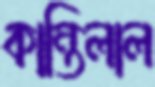
কান্তিলাল